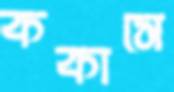
ককাসে